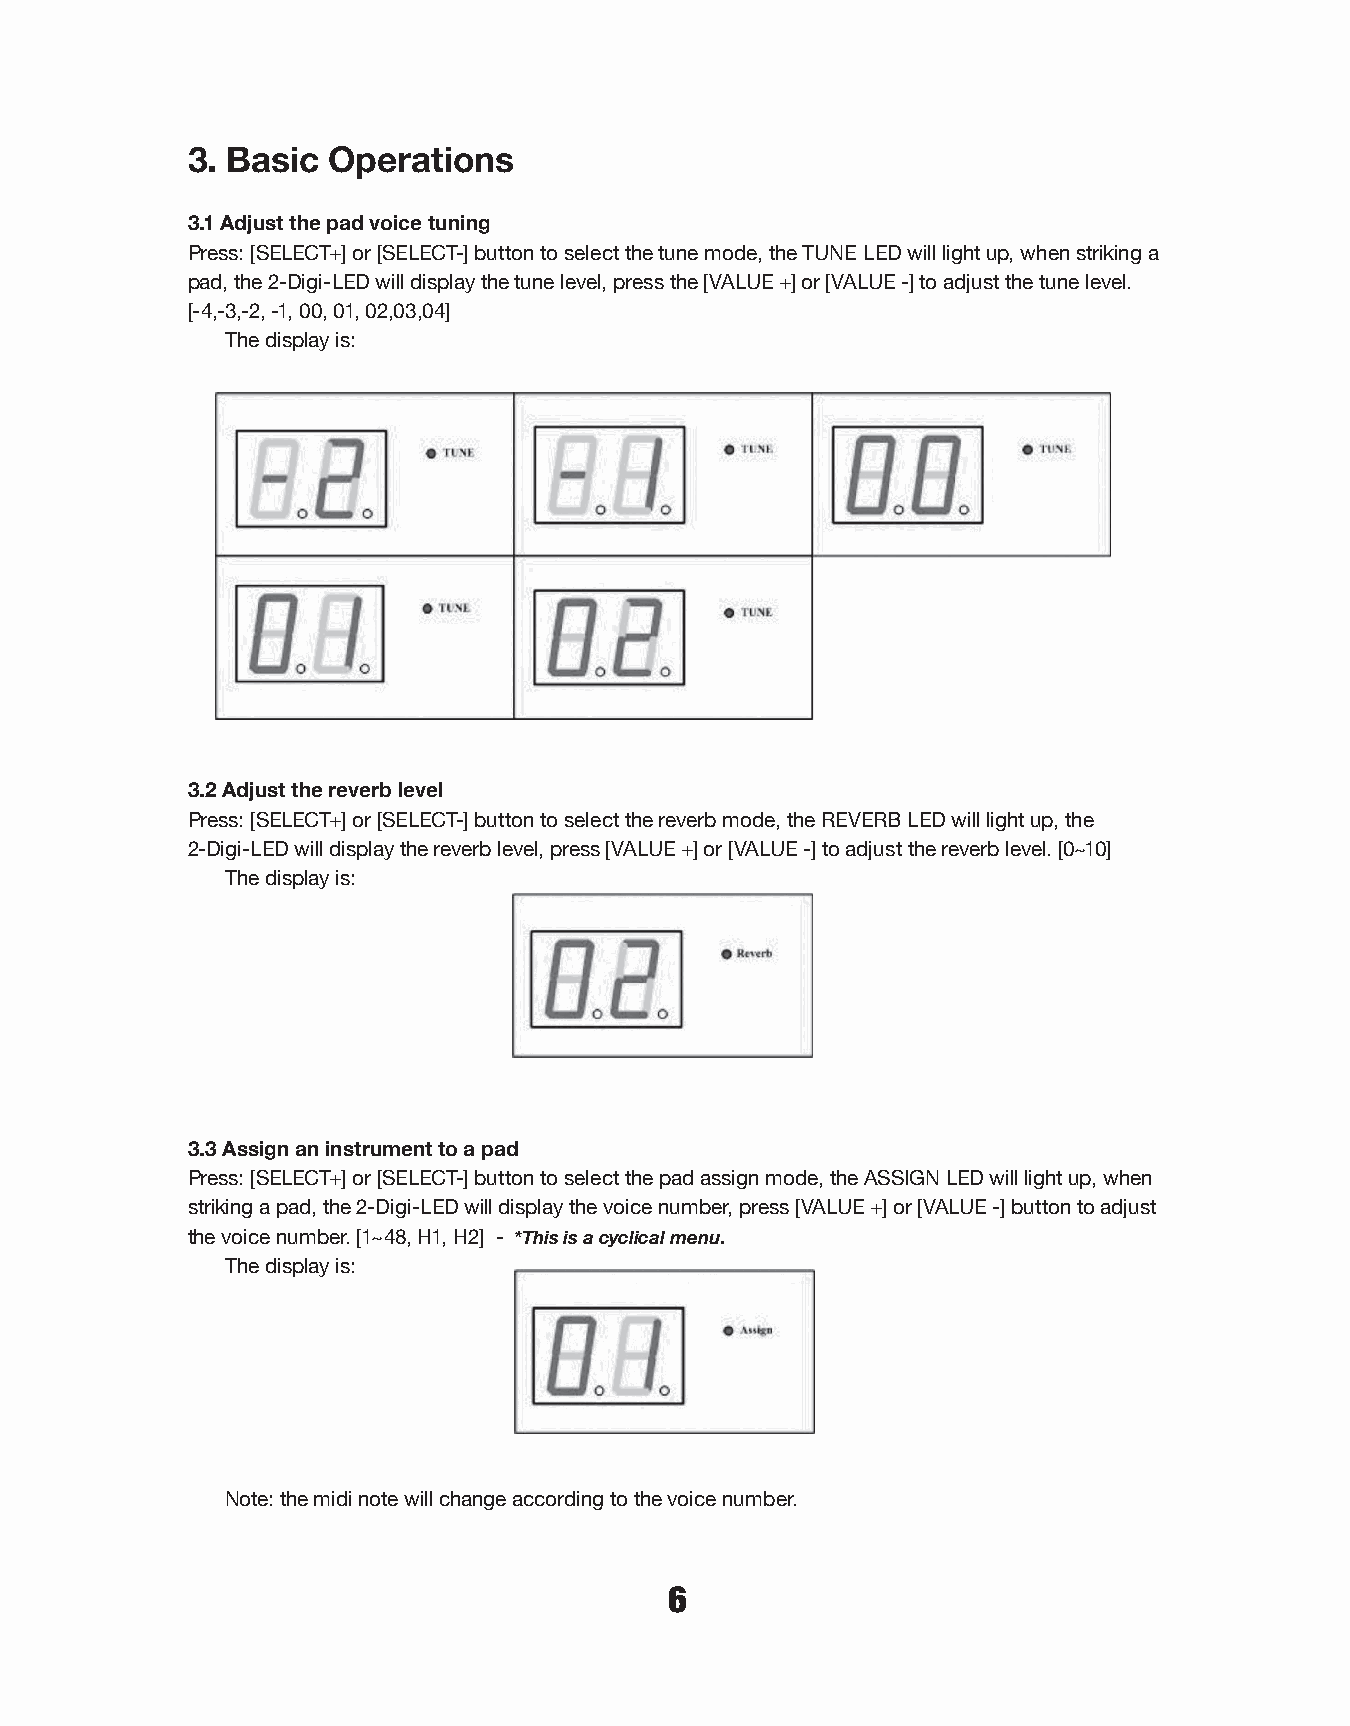
3. Basic  Operations
 3.1 Adjust the pad voice tuning
 Press: [SELECT+] or [SELECT-] button to select the tune mode, the TUNE LED will light up, when striking a
 pad, the 2-Digi-LED will display the tune level, press the [VALUE +] or [VALUE -] to adjust the tune level.
 [-4,-3,-2, -1, 00, 01, 02,03,04]
 The display is:
 3.2 Adjust the reverb level
 Press: [SELECT+] or [SELECT-] button to select the reverb mode, the REVERB LED will light up, the
 2-Digi-LED will display the reverb level, press [VALUE +] or [VALUE -] to adjust the reverb level. [0~10]
 The display is:
 3.3 Assign an instrument to a pad
 Press: [SELECT+] or [SELECT-] button to select the pad assign mode, the ASSIGN LED will light up, when
 striking a pad, the 2-Digi-LED will display the voice number, press [VALUE +] or [VALUE -] button to adjust
 the voice number. [1~48, H1, H2] - *This is a cyclical menu.
 The display is:
 Note: the midi note will change according to the voice number.
 6